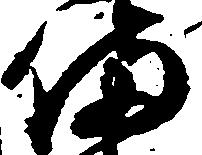
備